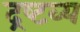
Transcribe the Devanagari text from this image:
द्रष्‍टव्य